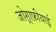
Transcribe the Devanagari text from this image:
जोग़्राफ़ीयाई